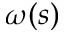
\omega ( s )